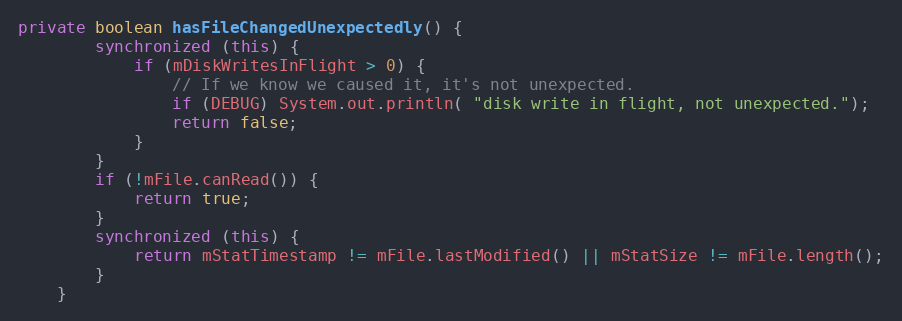
Language: Java
private boolean hasFileChangedUnexpectedly() {
        synchronized (this) {
            if (mDiskWritesInFlight > 0) {
                // If we know we caused it, it's not unexpected.
                if (DEBUG) System.out.println( "disk write in flight, not unexpected.");
                return false;
            }
        }
        if (!mFile.canRead()) {
            return true;
        }
        synchronized (this) {
            return mStatTimestamp != mFile.lastModified() || mStatSize != mFile.length();
        }
    }